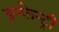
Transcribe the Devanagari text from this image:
इन्फेन्ट्री